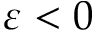
\varepsilon < 0